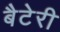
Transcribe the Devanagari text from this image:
बैटेरी